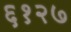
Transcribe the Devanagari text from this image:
६१२७